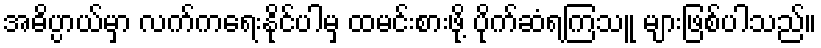
အဓိပ္ပာယ်မှာ လက်ကရေးနိုင်ပါမှ ထမင်းစားဖို့ ပိုက်ဆံရကြသူ များဖြစ်ပါသည်။